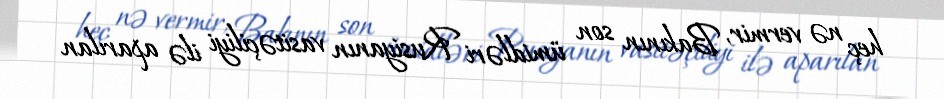
heç nə vermir, Bakının son ümidləri Rusiyanın vasitəçiliyi ilə aparılan